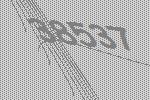
38537